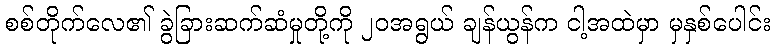
စစ်တိုက်လေ၏ ခွဲခြားဆက်ဆံမှုတို့ကို ၂၀အရွယ် ချန်ယွန်က ငါ့အထဲမှာ မှနှစ်ပေါင်း